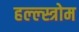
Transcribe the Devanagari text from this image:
हल्ल्स्त्रोम